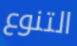
التنوع